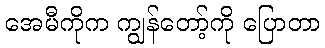
အေမီကိုက ကျွန်တော့်ကို ပြောတာ